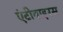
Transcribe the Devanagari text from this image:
एंटीवाइरस